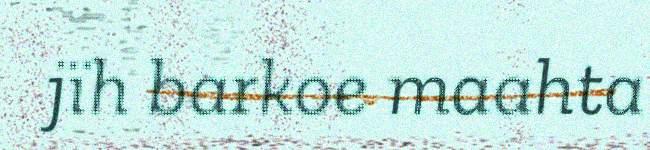
jïh barkoe maahta